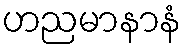
ဟညမာနာနံ